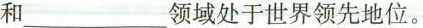
和___领域处于世界领先地位。